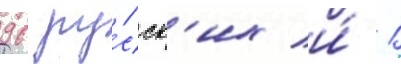
96 ру́сск'их и́ 1